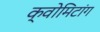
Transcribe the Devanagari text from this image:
क्वोमिटांग